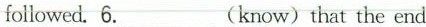
followed.6.___(know)that the end